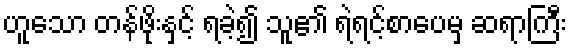
ဟူသော တန်ဖိုးနှင့် ရခဲ့၍ သူ၏ ရဲရင့်စာပေမှ ဆရာကြီး